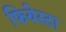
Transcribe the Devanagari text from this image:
फियेस्टा